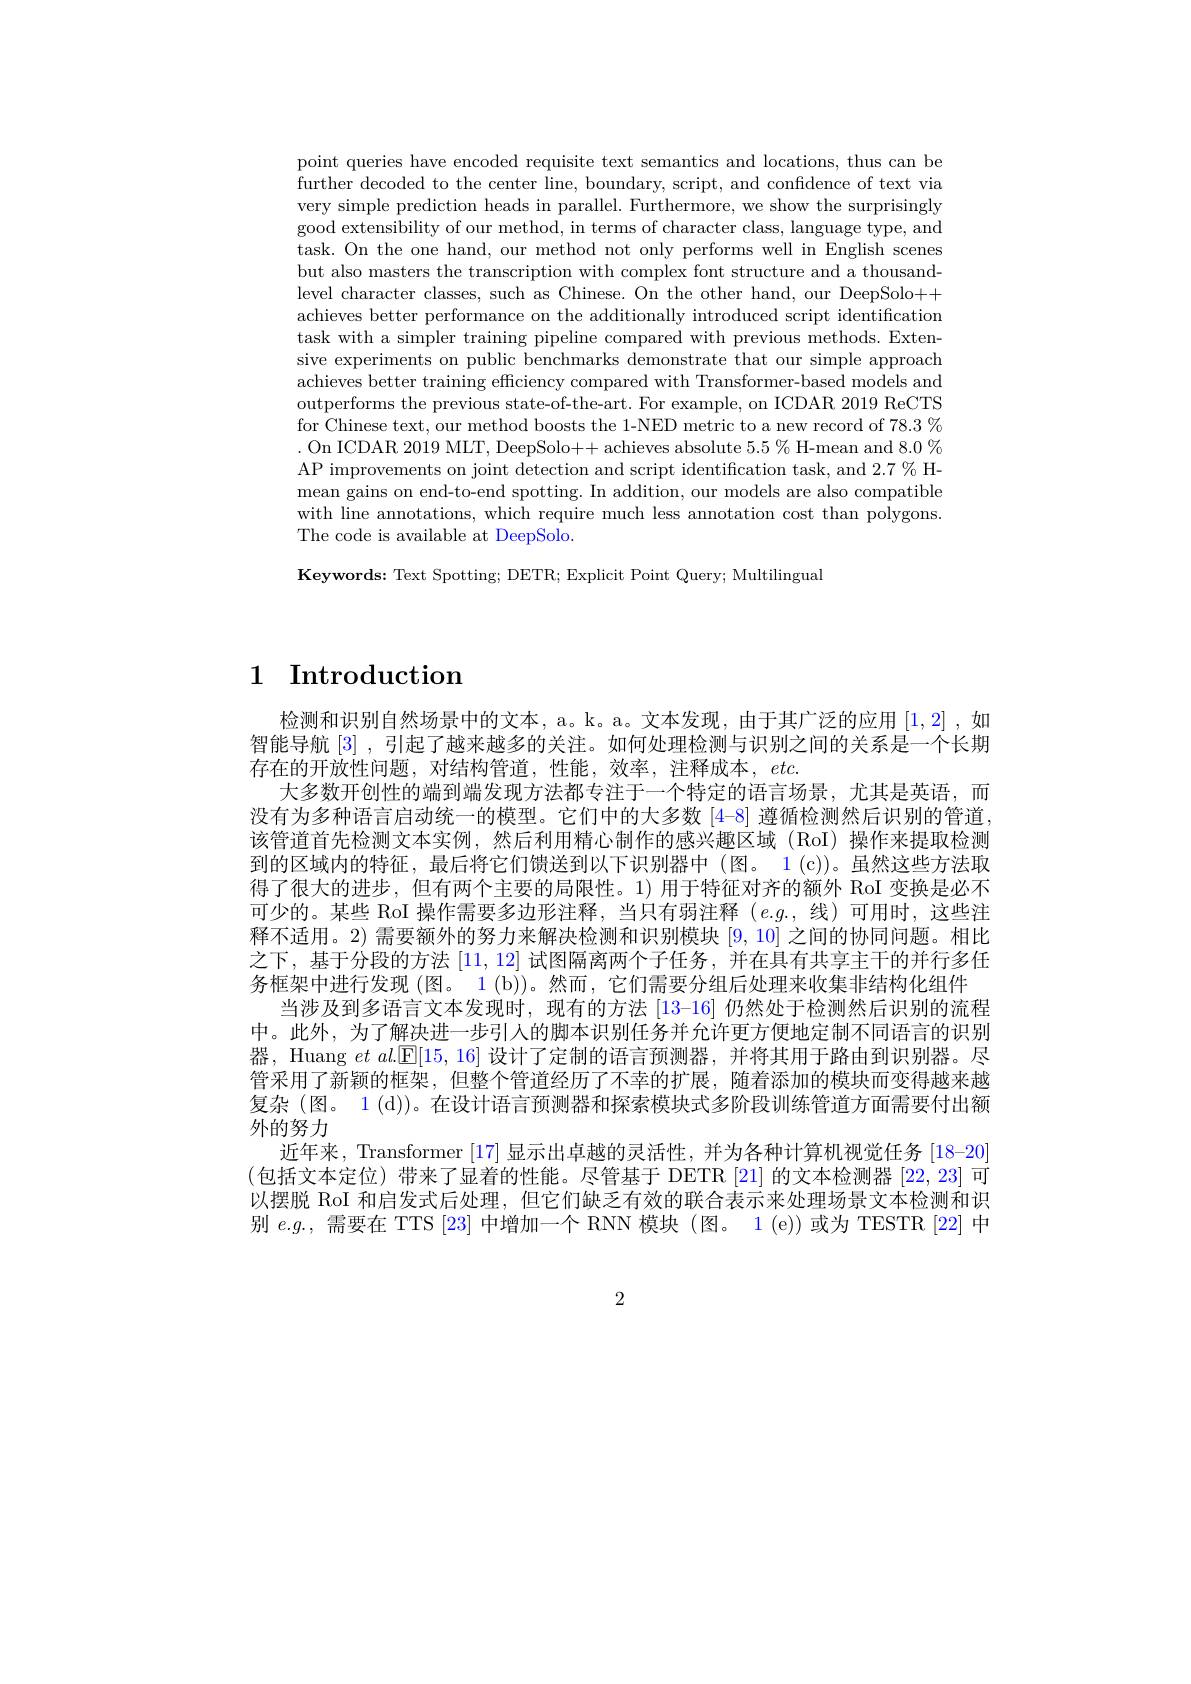
point queries have encoded requisite text semantics and locations, thus can be further decoded to the center line, boundary, script, and confidence of text via very simple prediction heads in parallel. Furthermore, we show the surprisingly good extensibility of our method, in terms of character class, language type, and task. On the one hand, our method not only performs well in English scenes but also masters the transcription with complex font structure and a thousandlevel character classes, such as Chinese. On the other hand, our DeepSolo++ achieves better performance on the additionally introduced script identification task with a simpler training pipeline compared with previous methods. Extensive experiments on public benchmarks demonstrate that our simple approach achieves better training effciency compared with Transformer-based models and outperforms the previous state-of-the-art. For example, on ICDAR 2019 ReCTS for Chinese text, our method boosts the 1-NED metric to a new record of 78.3 % . On ICDAR 2019 MLT, DeepSolo++ achieves absolute $5.5\%$ H-mean and 8.0% AP improvements on joint detection and script identification task, and 2.7 % Hmean gains on end-to-end spotting. In addition, our models are also compatible with line annotations, which require much less annotation cost than polygons. The code is available at DeepSolo.

Keywords: Text Spotting; DETR; Explicit Point Query; Multilingual

## $1\textbf{ Introduction}$

检测和识别自然场景中的文本，a。k。a。文本发现，由于其广泛的应用[1,2] ,如智能导航[3] ,引起了越来越多的关注。如何处理检测与识别之间的关系是一个长期存在的开放性问题，对结构管道，性能，效率，注释成本，$etc.$
大多数开创性的端到端发现方法都专注于一个特定的语言场景，尤其是英语，而没有为多种语言启动统一的模型。它们中的大多数[4-8] 遵循检测然后识别的管道， 该管道首先检测文本实例，然后利用精心制作的感兴趣区域(RoI)操作来提取检测到的区域内的特征，最后将它们馈送到以下识别器中(图。1(c))。虽然这些方法取得了很大的进步，但有两个主要的局限性。1) 用于特征对齐的额外 RoI 变换是必不可少的。某些 RoI 操作需要多边形注释，当只有弱注释$(e.g.$,线)可用时，这些注释不适用。2) 需要额外的努力来解决检测和识别模块[9,10]之间的协同问题。相比之下，基于分段的方法[11,12]试图隔离两个子任务，并在具有共享主干的并行多任务框架中进行发现 (图。1 (b))。然而，它们需要分组后处理来收集非结构化组件
当涉及到多语言文本发现时，现有的方法 [13-16]仍然处于检测然后识别的流程中。此外，为了解决进一步引入的脚本识别任务并允许更方便地定制不同语言的识别器，Huang $et$ $al.\mathbb{E}[15,16]$设计了定制的语言预测器，并将其用于路由到识别器。尽管采用了新颖的框架，但整个管道经历了不幸的扩展，随着添加的模块而变得越来越复杂 (图。1 (d))。在设计语言预测器和探索模块式多阶段训练管道方面需要付出额外的努力
近年来，Transformer [17]显示出卓越的灵活性，并为各种计算机视觉任务 [18-20] (包括文本定位)带来了显着的性能。尽管基于 DETR [21] 的文本检测器 [22,23] 可以摆脱 RoI 和启发式后处理，但它们缺乏有效的联合表示来处理场景文本检测和识别$e.g.$,需要在 TTS [23] 中增加一个 RNN 模块 (图。1 (e))或为 TESTR [22] 中

2